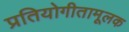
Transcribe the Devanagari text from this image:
प्रतियोगीतामूलक